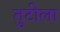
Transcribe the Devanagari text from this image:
तुटीला